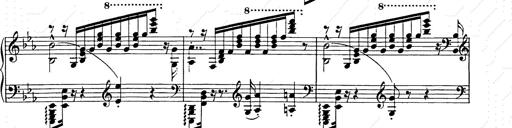
Title: Hungarian Rhapsody No.9
Composer: Franz Liszt
Key: E-flat major